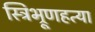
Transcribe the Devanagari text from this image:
स्त्रिभ्रूणहत्या